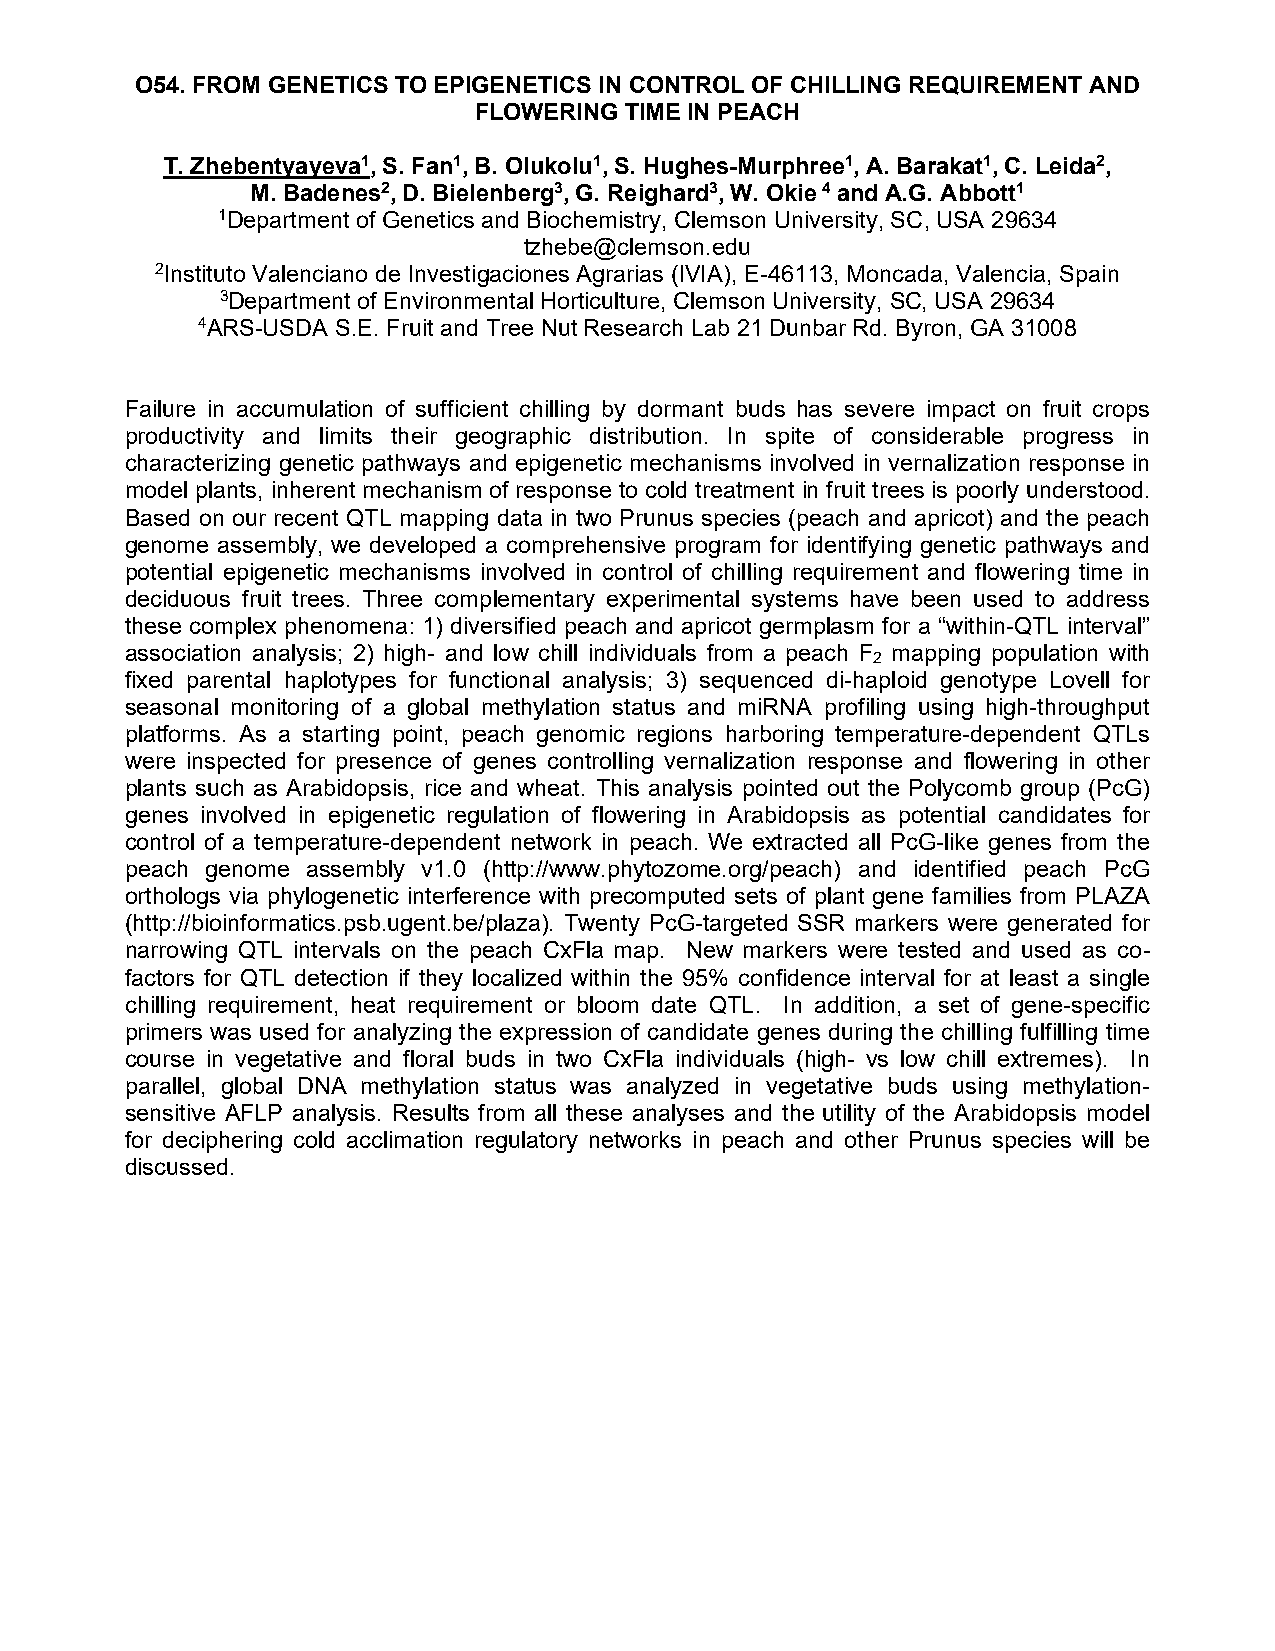
O54. FROM GENETICS TO EPIGENETICS IN CONTROL OF CHILLING REQUIREMENT AND
 FLOWERING TIME IN PEACH
 T. Zhebentyayeva1, S. Fan1, B. Olukolu1, S. Hughes-Murphree1, A. Barakat1, C. Leida2,
 M. Badenes2, D. Bielenberg3, G. Reighard3, W. Okie 4 and A.G. Abbott1
 1Department of Genetics and Biochemistry, Clemson University, SC, USA 29634
 tzhebe@clemson.edu
 2Instituto Valenciano de Investigaciones Agrarias (IVIA), E-46113, Moncada, Valencia, Spain
 3Department of Environmental Horticulture, Clemson University, SC, USA 29634
 4ARS-USDA S.E. Fruit and Tree Nut Research Lab 21 Dunbar Rd. Byron, GA 31008
 Failure in accumulation of sufficient chilling by dormant buds has severe impact on fruit crops
 productivity and limits their geographic distribution. In spite of considerable progress in
 characterizing genetic pathways and epigenetic mechanisms involved in vernalization response in
 model plants, inherent mechanism of response to cold treatment in fruit trees is poorly understood.
 Based on our recent QTL mapping data in two Prunus species (peach and apricot) and the peach
 genome assembly, we developed a comprehensive program for identifying genetic pathways and
 potential epigenetic mechanisms involved in control of chilling requirement and flowering time in
 deciduous fruit trees. Three complementary experimental systems have been used to address
 these complex phenomena: 1) diversified peach and apricot germplasm for a “within-QTL interval”
 association analysis; 2) high- and low chill individuals from a peach F mapping population with
 2
 fixed parental haplotypes for functional analysis; 3) sequenced di-haploid genotype Lovell for
 seasonal monitoring of a global methylation status and miRNA profiling using high-throughput
 platforms. As a starting point, peach genomic regions harboring temperature-dependent QTLs
 were inspected for presence of genes controlling vernalization response and flowering in other
 plants such as Arabidopsis, rice and wheat. This analysis pointed out the Polycomb group (PcG)
 genes involved in epigenetic regulation of flowering in Arabidopsis as potential candidates for
 control of a temperature-dependent network in peach. We extracted all PcG-like genes from the
 peach genome assembly v1.0 (http://www.phytozome.org/peach) and identified peach PcG
 orthologs via phylogenetic interference with precomputed sets of plant gene families from PLAZA
 (http://bioinformatics.psb.ugent.be/plaza). Twenty PcG-targeted SSR markers were generated for
 narrowing QTL intervals on the peach CxFla map. New markers were tested and used as co-
 factors for QTL detection if they localized within the 95% confidence interval for at least a single
 chilling requirement, heat requirement or bloom date QTL. In addition, a set of gene-specific
 primers was used for analyzing the expression of candidate genes during the chilling fulfilling time
 course in vegetative and floral buds in two CxFla individuals (high- vs low chill extremes). In
 parallel, global DNA methylation status was analyzed in vegetative buds using methylation-
 sensitive AFLP analysis. Results from all these analyses and the utility of the Arabidopsis model
 for deciphering cold acclimation regulatory networks in peach and other Prunus species will be
 discussed.